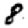
Digit: 8